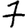
Digit: 7